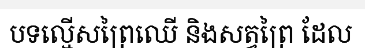
បទល្មើសព្រៃឈើ និងសត្វព្រៃ ដែល